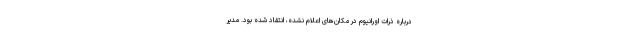
درباره ذرات اورانیوم در مکان‌های اعلام نشده، انتقاد شده بود. مدیر